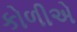
કોળીએ